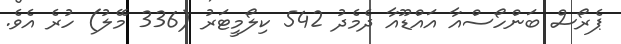
ޕެރޯސް ބަންހޯސްއާ އައްޑޫއާ ދެމެދު 542 ކިލޯމީޓަރު (336 މޭލު) ހުރެ އެވެ.